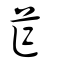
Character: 苲